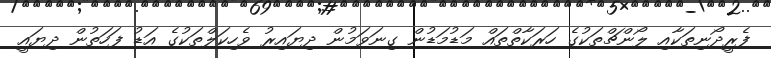
ފެރީދޯނިތަކާއި ލޯންޗްތަކުގެ ހަރަކާތްތައް މަޑުމަޑުން ގިނަވަމުން ދިޔައިރު ވެހިކަލްތަކުގެ އަޑު ފަހަތުން ދިޔައީ